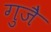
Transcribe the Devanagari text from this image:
गुजै